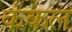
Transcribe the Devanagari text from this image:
कंकल